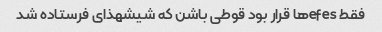
فقط efesها قرار بود قوطی باشن که شیشهذای فرستاده شد